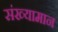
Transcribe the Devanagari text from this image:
संख्यामान